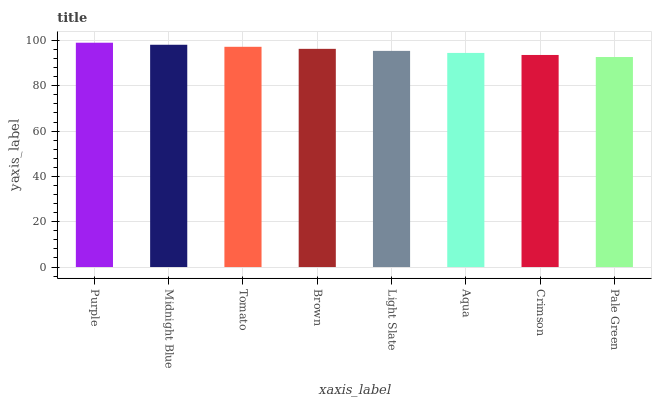
| xaxis_label | bars |
 | --- | --- |
 | Purple | 99 |
 | Midnight Blue | 98.1 |
 | Tomato | 97.2 |
 | Brown | 96.3 |
 | Light Slate | 95.4 |
 | Aqua | 94.5 |
 | Crimson | 93.6 |
 | Pale Green | 92.7 |